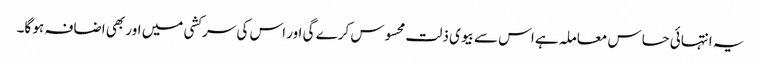
یہ انتہائی حساس معاملہ ہے اس سے بیوی ذلت محسوس کرے گی اور اس کی سرکشی میں اور بھی اضافہ ہو گا۔